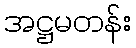
အဋ္ဌမတန်း